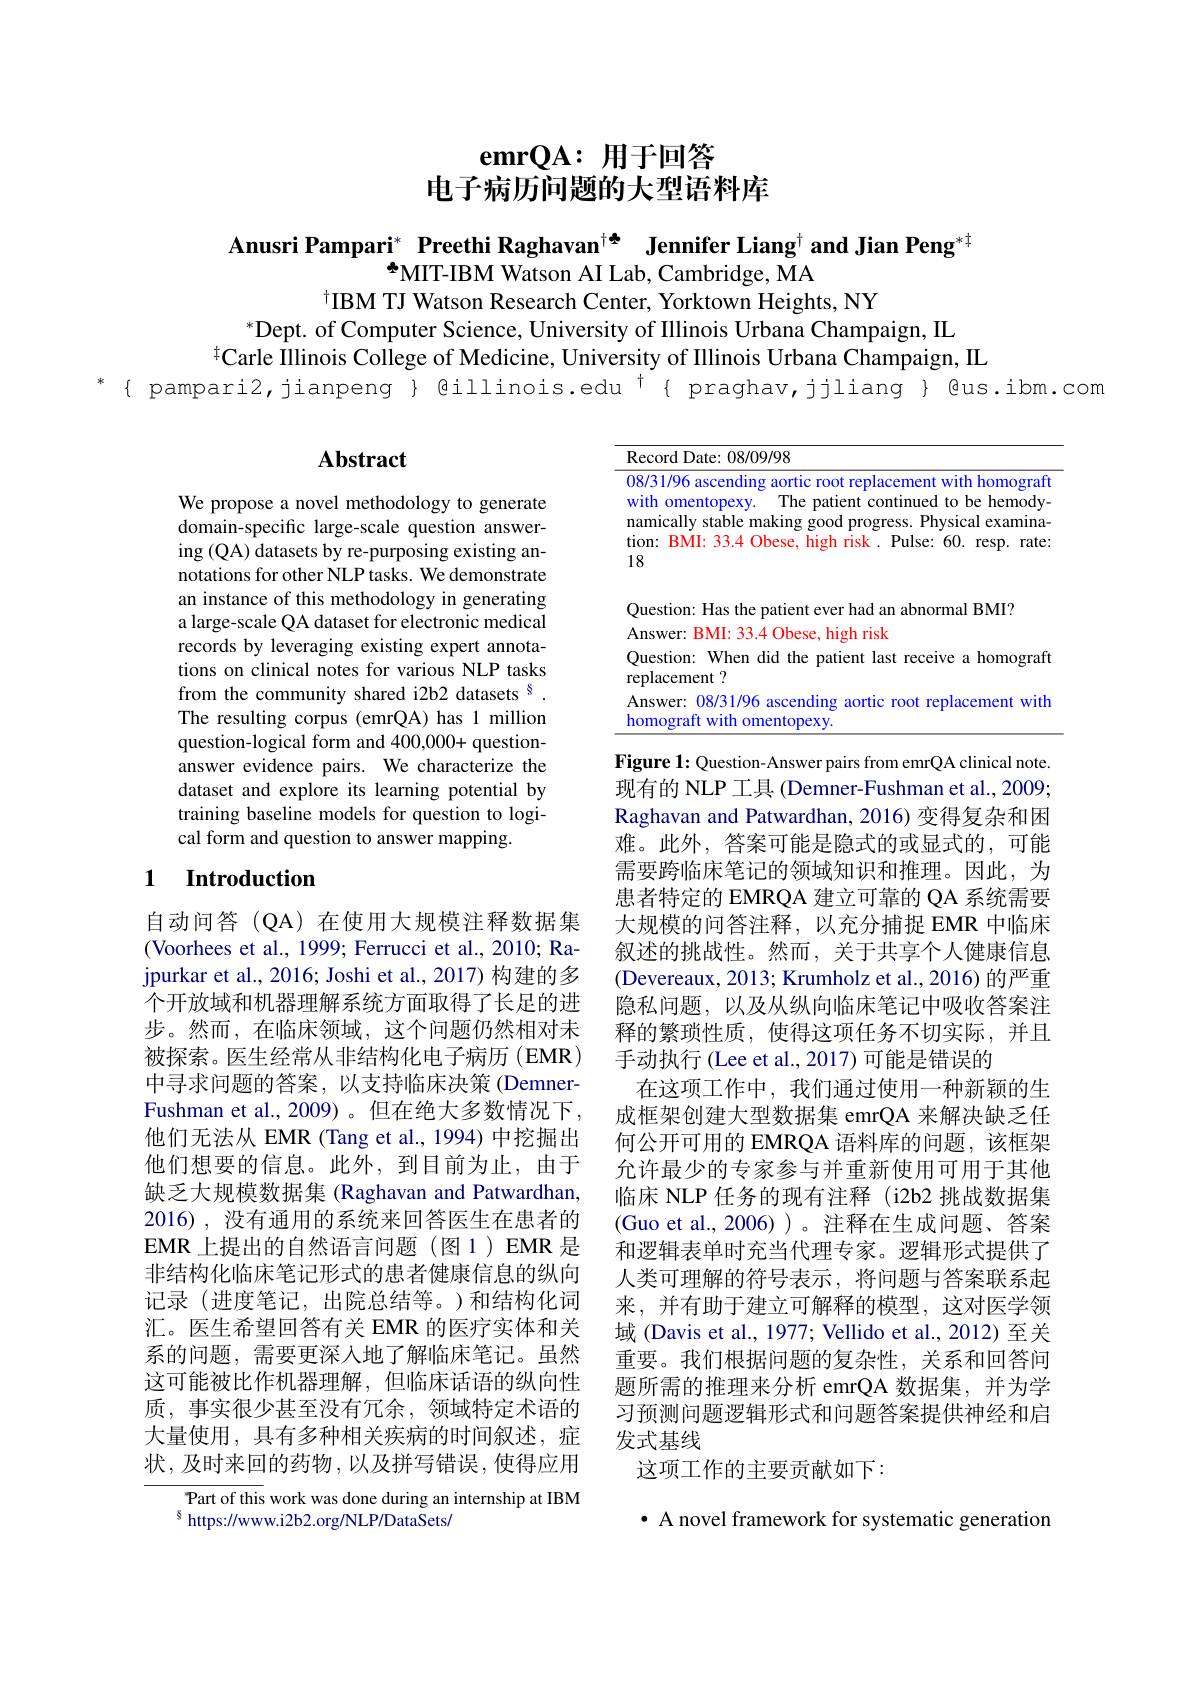
# emrQA: 用于回答
电子病历问题的大型语料库

Anusri Pampari$^{*}$ Preethi Raghavan$^{\dagger\Phi}$ Jennifer Liang$^{\dagger}$ and Jian Peng$^{*\dagger}$
$^{\pm}$MIT-IBM Watson AI Lab, Cambridge, MA
tIBM TJ Watson Research Center, Yorktown Heights, NY

$^*$Dept. of Computer Science, University of Illinois Urbana Champaign, IIL
$^{\#}$Carle IIlinois College of Medicine, University of Illinois Urbana Champaign, IL
* { pampari2,jianpeng } @illinois.edu $^{\dagger}${ praghav,jjliang } @us.ibm.com

## Abstract

<table>
	<tbody>
		<tr>
			<th> </th>
			<th>$110ate^{*}$ 08/09/98 ·</th>
		</tr>
		<tr>
			<td> </td>
			<td>estion: When did the patient last receive a homograf lacement ?</td>
		</tr>
		<tr>
			<td> </td>
			<td>swer: 08/31/96 ascending aortic root replacement with nograft with omentopexy.</td>
		</tr>
	</tbody>
</table>

We propose a novel methodology to generate domain-specific large-scale question answering (QA) datasets by re-purposing existing annotations for other NLP tasks. We demonstrate an instance of this methodology in generating a large-scale QA dataset for electronic medical records by leveraging existing expert annotations on clinical notes for various NLP tasks from the community shared i2b2 datasets $^{8}.$ The resulting corpus (emrQA) has 1 million question-logical form and 400,000+ questionanswer evidence pairs. We characterize the dataset and explore its learning potential by training baseline models for question to logical form and question to answer mapping.

## 1 Introduction

Figure 1: Question- Answer pairs from emrQA clinical note. 现有的 NLP 工具 (Demner-Fushman et al., 2009; Raghavan and Patwardhan, 2016) 变得复杂和困难。此外，答案可能是隐式的或显式的，可能需要跨临床笔记的领域知识和推理。因此，为患者特定的 EMRQA 建立可靠的 QA 系统需要大规模的问答注释，以充分捕捉 EMR 中临床叙述的挑战性。然而，关于共享个人健康信息(Devereaux, 2013; Krumholz et al., 2016) 的严重隐私问题，以及从纵向临床笔记中吸收答案注释的繁琐性质，使得这项任务不切实际，并且手动执行 (Lee et al., 2017) 可能是错误的
在这项工作中，我们通过使用一种新颖的生成框架创建大型数据集 emrQA 来解决缺乏任何公开可用的 EMRQA 语料库的问题，该框架允许最少的专家参与并重新使用可用于其他临床 NLP 任务的现有注释 (i2b2 挑战数据集(Guo et al., 2006))。注释在生成问题、答案和逻辑表单时充当代理专家。逻辑形式提供了人类可理解的符号表示，将问题与答案联系起来，并有助于建立可解释的模型，这对医学领域 (Davis et al., 1977; Vellido et al., 2012) 至关重要。我们根据问题的复杂性，关系和回答问题所需的推理来分析 emrQA 数据集，并为学习预测问题逻辑形式和问题答案提供神经和启发式基线
这项工作的主要贡献如下：

自动问答(QA)在使用大规模注释数据集(Voorhees et al., 1999; Ferrucci et al., 2010; Rajpurkar et al., 2016; Joshi et al., 2017) 构建的多个开放域和机器理解系统方面取得了长足的进步。然而，在临床领域，这个问题仍然相对未被探索。医生经常从非结构化电子病历(EMR) 中寻求问题的答案，以支持临床决策 (DemnerFushman et al.,2009)。但在绝大多数情况下， 他们无法从 EMR (Tang et al., 1994) 中挖掘出他们想要的信息。此外，到目前为止，由于缺乏大规模数据集 (Raghavan and Patwardhan, 2016),没有通用的系统来回答医生在患者的EMR 上提出的自然语言问题(图1)EMR 是非结构化临床笔记形式的患者健康信息的纵向记录(进度笔记，出院总结等。)和结构化词汇。医生希望回答有关 EMR 的医疗实体和关系的问题，需要更深入地了解临床笔记。虽然这可能被比作机器理解，但临床话语的纵向性质，事实很少甚至没有冗余，领域特定术语的大量使用，具有多种相关疾病的时间叙述，症状，及时来回的药物，以及拼写错误，使得应用

Part of this work was done during an internship at IBM
$^{8}$ https://www.i2b2.org/NLP/DataSets/

· A novel framework for systematic generation